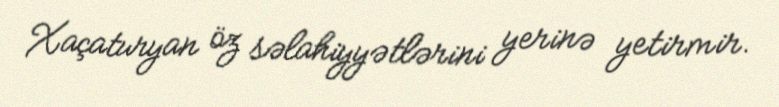
Xaçaturyan öz səlahiyyətlərini yerinə yetirmir.